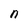
Character: n